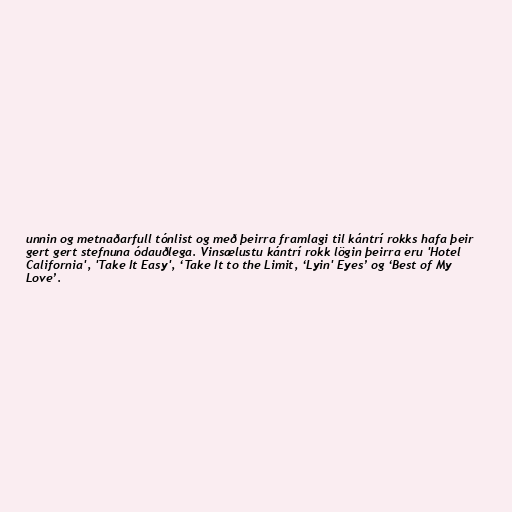
unnin og metnaðarfull tónlist og með þeirra framlagi til kántrí rokks hafa þeir
gert gert stefnuna ódauðlega. Vinsælustu kántrí rokk lögin þeirra eru 'Hotel
California', 'Take It Easy', ‘Take It to the Limit, ‘Lyin' Eyes’ og ‘Best of My
Love’.